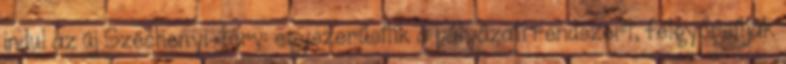
indul az új Széchenyi-terv: egyszerűsítik a pályázati rendszert, felgyorsítják